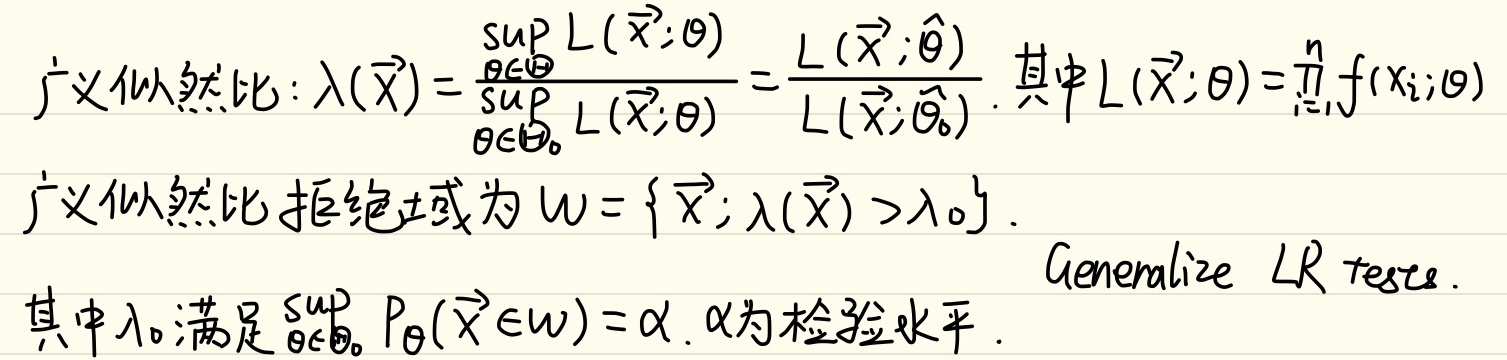
广义似然比：
\[\begin{align*}
\lambda(\vec{X}) &= \frac{\sup_{\theta\in\Theta} L(\vec{X};\theta)}{\sup_{\theta\in\Theta_0} L(\vec{X};\theta)}=\frac{L(\vec{X};\hat{\theta})}{L(\vec{X};\tilde{\theta}_0)}.
\end{align*}\]
其中\(L(\vec{X};\theta)=\prod_{i = 1}^{n}f(x_i;\theta)\)。
广义似然比拒绝域为
\[
W = \{\vec{X};\lambda(\vec{X})>\lambda_0\}.
\]
其中\(\lambda_0\)满足\(\sup_{\theta\in\Theta_0} P_{\theta}(\vec{X}\in W)=\alpha\)，\(\alpha\)为检验水平。